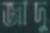
জাদু